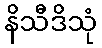
နိသီဒိသုံ